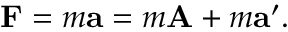
\mathbf { F } = m \mathbf { a } = m \mathbf { A } + m \mathbf { a } ^ { \prime } .